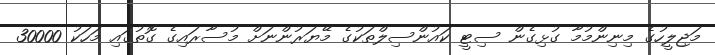
މަޖިލީހުގެ މިނިންމުމާ ގުޅިގެން ސިޓީ ކައުންސިލްތަކުގެ މޭޔަރުންނަށް މުސާރައިގެ ގޮތުގައި މަހަކު 30000